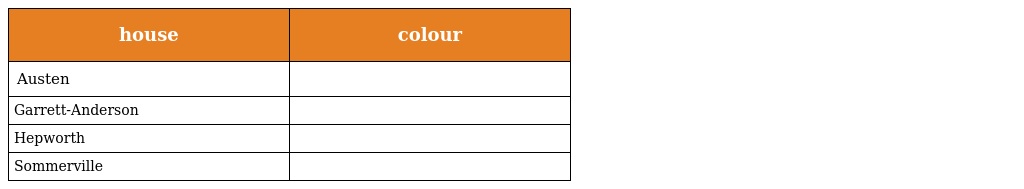
| house | colour |
 | --- | --- |
 | Austen |  |
 | Garrett-Anderson |  |
 | Hepworth |  |
 | Sommerville |  |